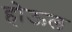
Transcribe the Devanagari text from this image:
होऊल